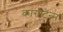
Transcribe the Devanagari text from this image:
कारस्टेन्स